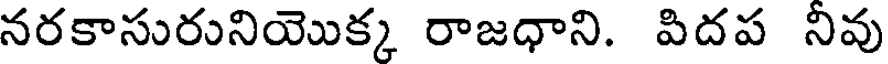
నరకాసురునియొక్క రాజధాని. పిదప నివు